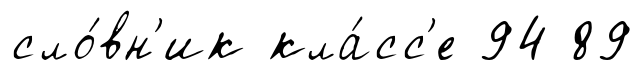
сло́вн'ик кла́сс'е 94 89